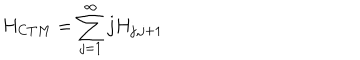
LaTeX: H _ { C T M } = \sum _ { j = 1 } ^ { \infty } j H _ { j , j + 1 }